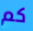
كم